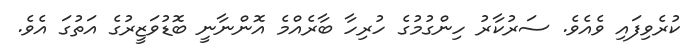
ކުރެވިފައި ވެއެވެ. ސަރުކާރު ހިންގުމުގެ ހުރިހާ ބާރެއްމެ އޮންނާނީ ބޮޑުވަޒީރުގެ އަތުގަ އެވެ.